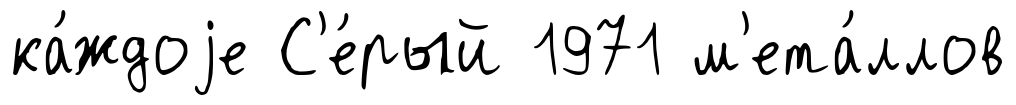
ка́ждоjе С'е́рый 1971 м'ета́ллов